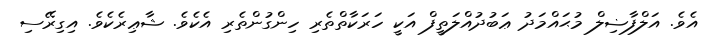
އެވެ. އަލްފާޟިލް މުޙައްމަދު ޢަބުދުއްލަތީފް އަކީ ހަރަކާތްތެރި ހިންގުންތެރި އެކެވެ. ޝާޢިރެކެވެ. އިގިރޭސި